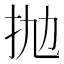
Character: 抛